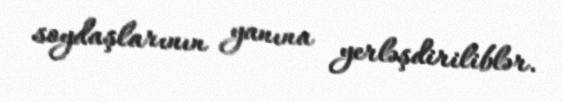
soydaşlarının yanına yerləşdiriliblər.